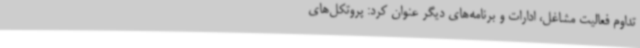
تداوم فعالیت مشاغل، ادارات و برنامه‌های دیگر عنوان کرد: پروتکل‌های